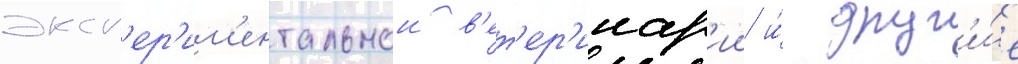
эксп'ер'им'ентальнои в'ет'ер'инар'ии и́ друг'и́е